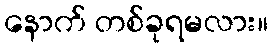
နောက် တစ်ခုရမလား။